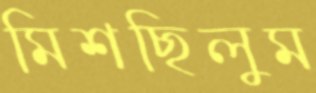
মিশছিলুম